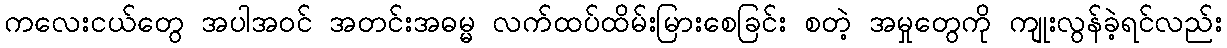
ကလေးငယ်တွေ အပါအဝင် အတင်းအဓမ္မ လက်ထပ်ထိမ်းမြားစေခြင်း စတဲ့ အမှုတွေကို ကျုးလွန်ခဲ့ရင်လည်း